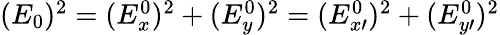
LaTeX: \begin{array}{r}{(E_{0})^{2}=(E_{x}^{0})^{2}+(E_{y}^{0})^{2}=(E_{x\prime}^{0})^{2}+(E_{y\prime}^{0})^{2}}\end{array}